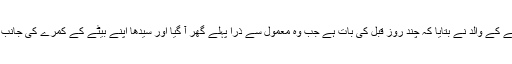
لڑکے کے والد نے بتایا کہ چند روز قبل کی بات ہے جب وہ معمول سے ذرا پہلے گھر آ گیا اور سیدھا اپنے بیٹے کے کمرے کی جانب گیا۔